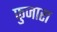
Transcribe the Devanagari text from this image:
फुजारा